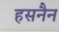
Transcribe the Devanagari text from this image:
हसनैन